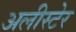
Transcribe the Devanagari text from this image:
अलीस्टेर